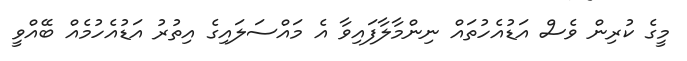
މީގެ ކުރިން ވެސް އަޑުއެހުތައް ނިންމާލާފައިވާ އެ މައްސަލައިގެ އިތުރު އަޑުއެހުމެއް ބޭއްވީ